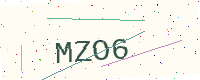
Text: MZO6